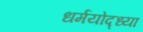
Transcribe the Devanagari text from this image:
धर्मयोद्ध्या